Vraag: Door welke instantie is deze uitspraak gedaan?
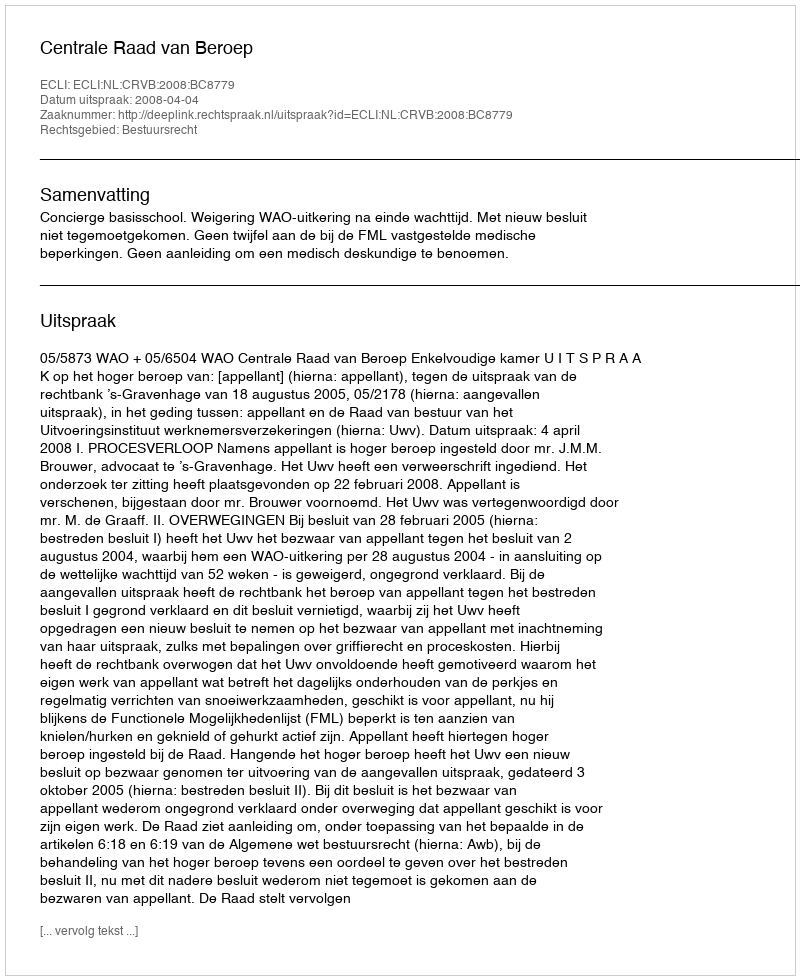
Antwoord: Centrale Raad van Beroep